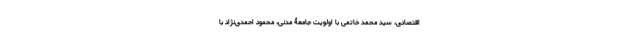
اقتصادی، سید محمد خاتمی با اولویت جامعۀ مدنی، محمود احمدی‌نژاد با